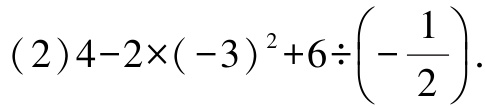
\((2)4 - 2\times(-3)^{2}+6\div\left(-\dfrac{1}{2}\right)\)